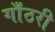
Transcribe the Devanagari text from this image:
गाँठरी